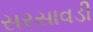
સરસાવડી